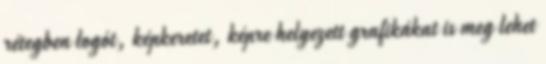
rétegben logót, képkeretet, képre helyezett grafikákat is meg lehet